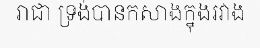
រាជា ទ្រង់បានកសាងក្នុងរវាង